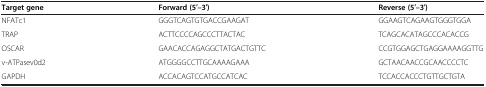
| Target gene | Forward (5′–3′) | Reverse (5′–3′) |
 | --- | --- | --- |
 | NFATc1 | GGGTCAGTGTGACCGAAGAT | GGAAGTCAGAAGTGGGTGGA |
 | TRAP | ACTTCCCCAGCCCTTACTAC | TCAGCACATAGCCCACACCG |
 | OSCAR | GAACACCAGAGGCTATGACTGTTC | CCGTGGAGCTGAGGAAAAGGTTG |
 | v-ATPasev0d2 | ATGGGGCCTTGCAAAAGAAA | GCTAACAACCGCAACCCCTC |
 | GAPDH | ACCACAGTCCATGCCATCAC | TCCACCACCCTGTTGCTGTA |